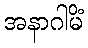
အနာဂါမိံ